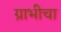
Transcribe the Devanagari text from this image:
ग्राभीचा